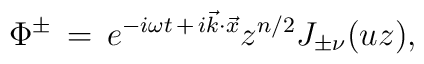
\Phi^{\pm}\,=\, e^{-i\omega t\,+\,i\vec k \cdot \vec x} z^{n/2} J_{\pm\nu}(uz),